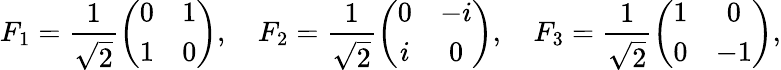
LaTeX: F_{1}=\frac{1}{\sqrt{2}}\left(\begin{array}{cc}{0}&{1}\\ {1}&{0}\end{array}\right),\quad F_{2}=\frac{1}{\sqrt{2}}\left(\begin{array}{cc}{0}&{-i}\\ {i}&{0}\end{array}\right),\quad F_{3}=\frac{1}{\sqrt{2}}\left(\begin{array}{cc}{1}&{0}\\ {0}&{-1}\end{array}\right),